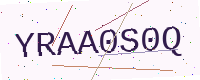
Text: YRAA0S0Q